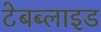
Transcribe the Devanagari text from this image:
टेबब्लाइड